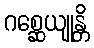
ဂစ္ဆေယျုန္တိ